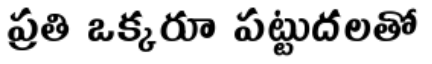
ప్రతి ఒక్కరూ పట్టుదలతో